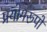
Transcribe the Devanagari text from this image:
प्रयोगरूपों